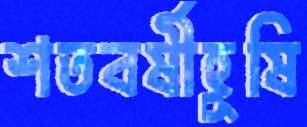
শতবর্ষীহূষি